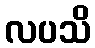
လပသိ